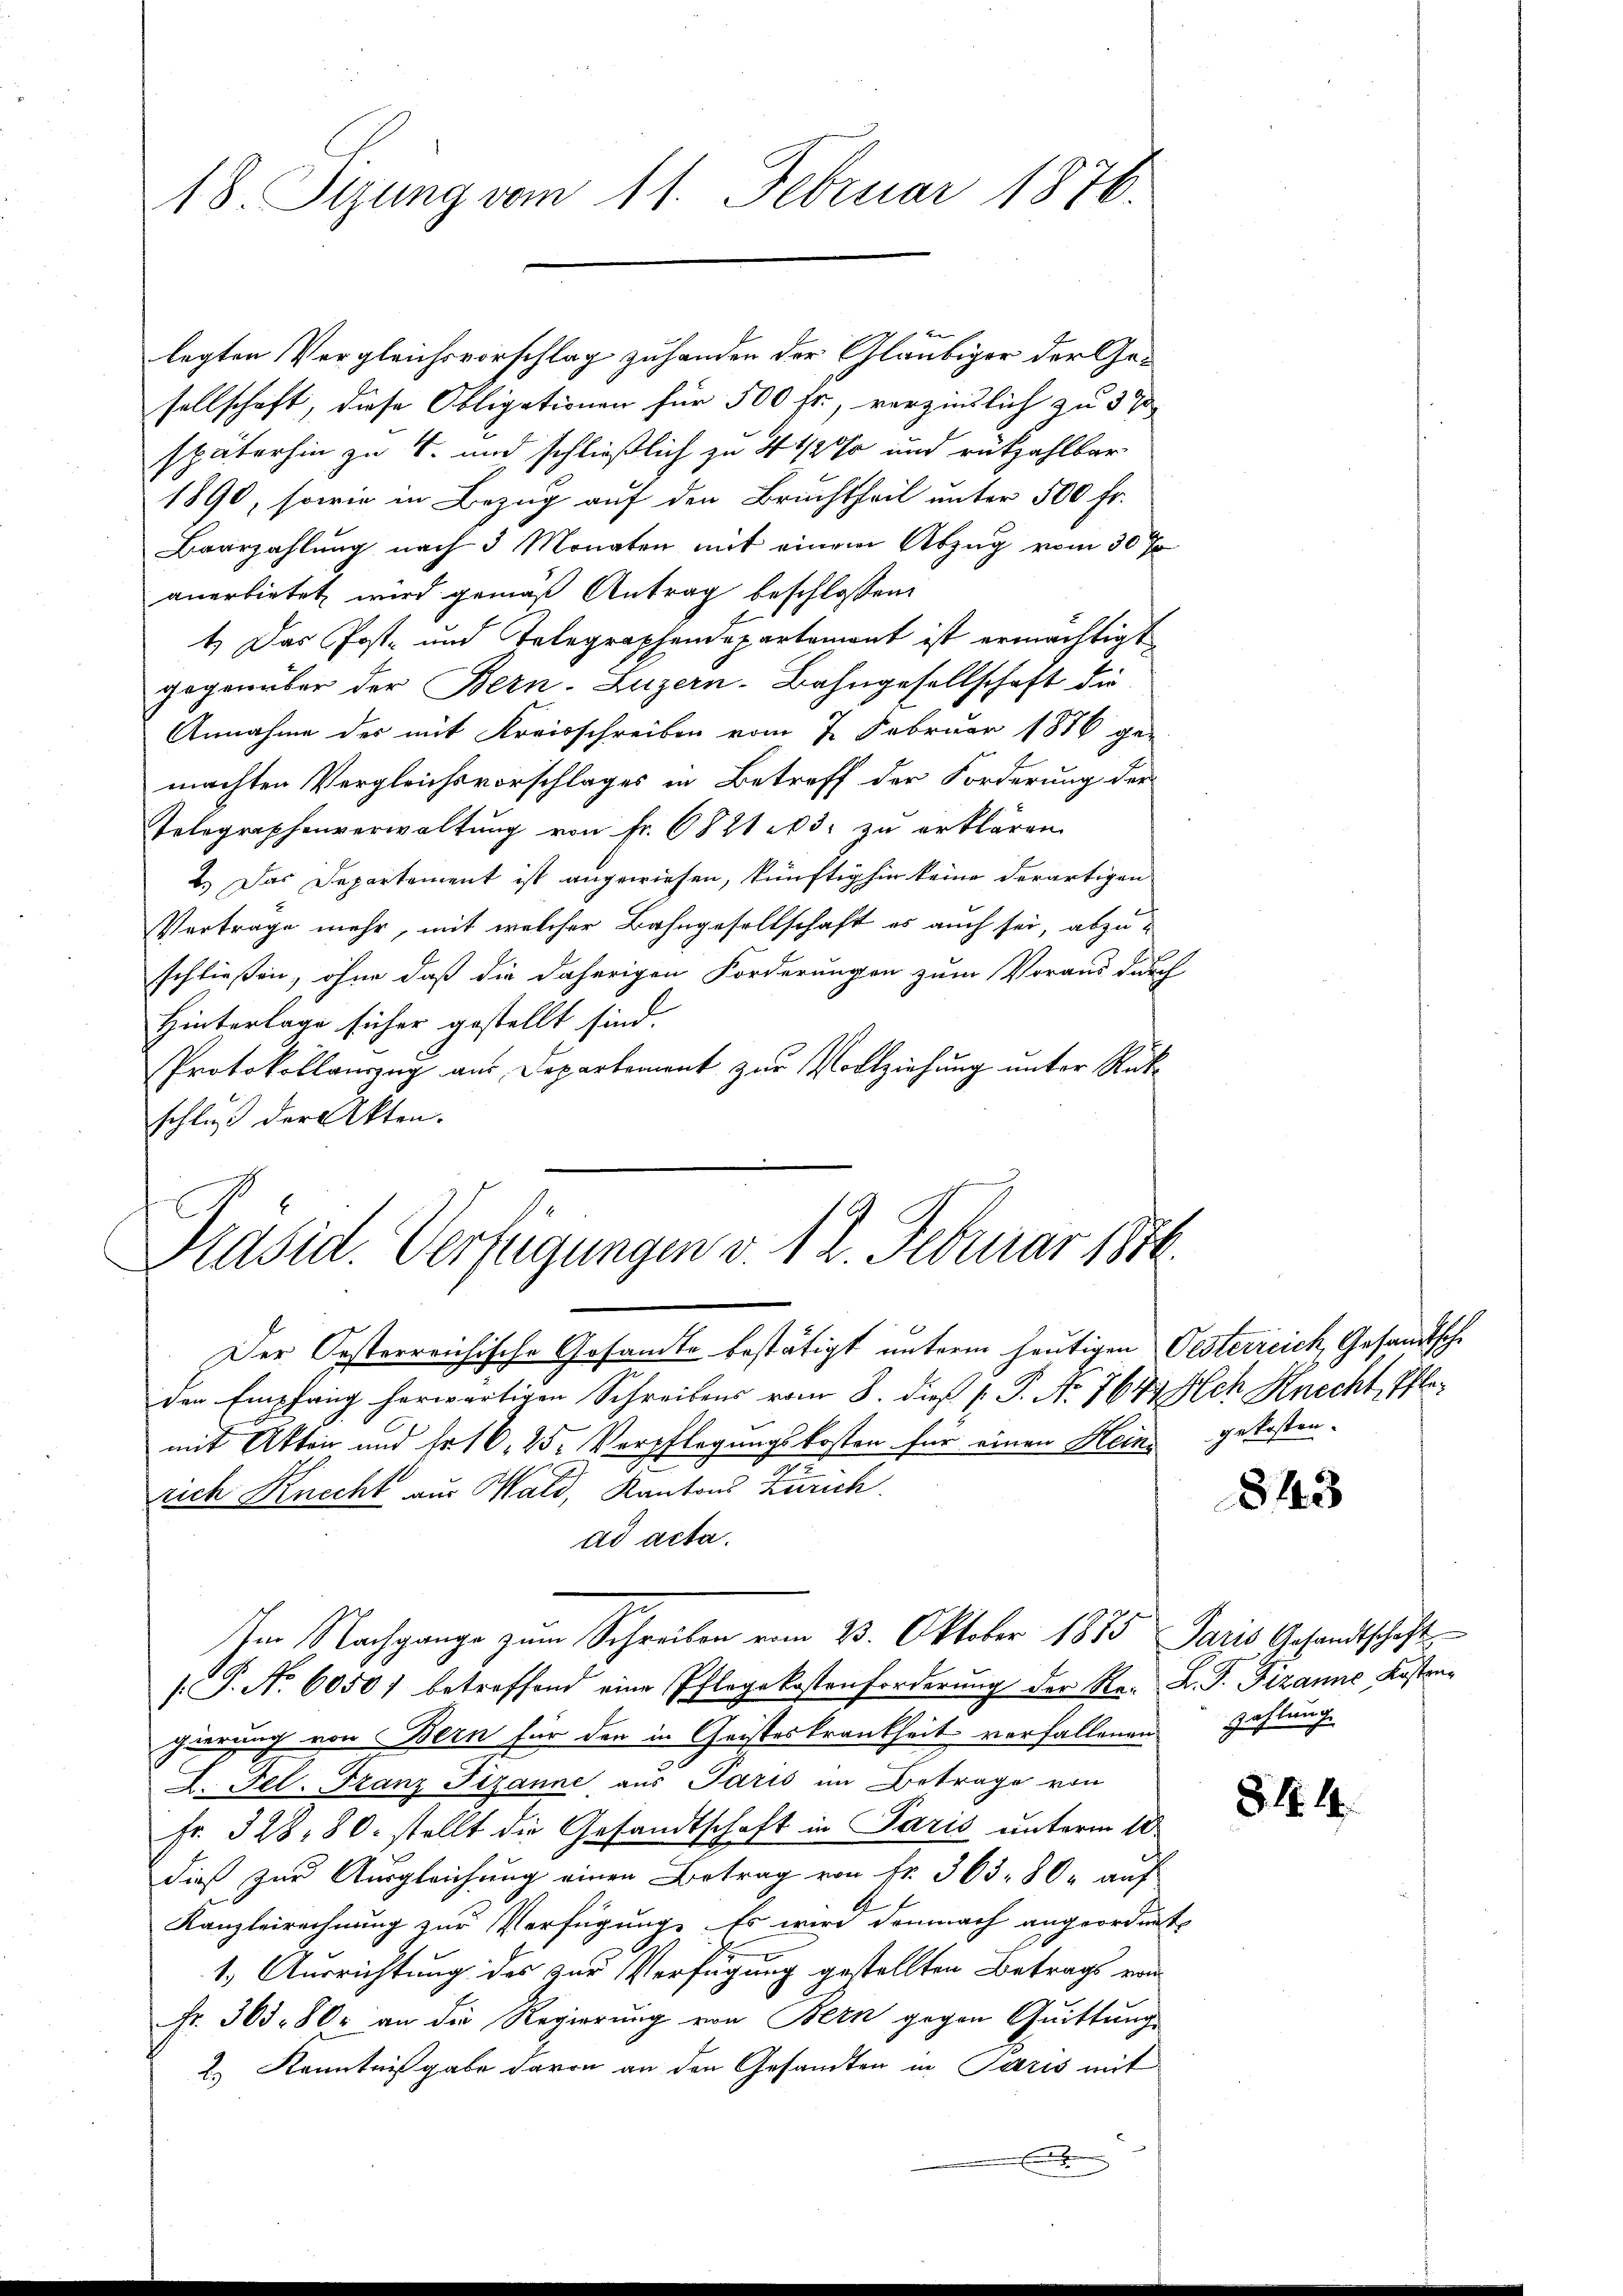
18. Sizung vom 11. Februar 1876.

legten Vergleichsvorschlag zuhanden der Gläubiger der Gesellschaft, diese Obligationen für 500 fr., verzinslich zu 37
späterhin zu 4. und schließlich zu 4 1/2% und rükzahlbar
1890, sowie in Bezug auf den Bruchtheil unter 500 Fr.
Baarzahlung nach 3 Monaten mit einem Abzug vom 30 J
anerbietet wird gemäß Antrag beschlossen:
1.) Das Post- und Telegraphendepartemont ist ermächtigt
gegenüber der Bern. Luzern-Bahngesellschaft die
Annahme der mit Kreisschreiben vom 7. Februar 1886 ge-
machten Vergleichsvorschlages in Betreff der Forderung der
Telegraphenverwaltung von Fr. 682103. zu erklären.
2.) Das Departement ist angewiesen, künftighin keine derartigen
Vertrage mehr, mit welcher Bahngesellschaft es auch sei, abzuschließen, ohne daß die daherigen Forderungen zum Voraus durch
Hinterlage sicher gestellt sind.
Protokollauszug aus Departement zur Vollziehung unter Rückschluß der Akten.

Präsid. Verfügungen v. 12. Februar 1876.
Der Oesterreichische Gesandte bestätigt unterm heutigen Oesterreich, Gesandtsche

den Empfang herwärtigen Schreibens vom 8. dieß P. P. Nr. 764 Ach Knecht, Pflemit Akten und Fr. 16, 25. Verpflegungskosten für einen Heine gekosten.
rich Knecht aus Wald, Kantons Zürich
ad acta.
/. P. Nr. 6050) betreffend eine Pflegekostenforderung der Re. L. S. Fizanne Kostragierung von Bern für den in Geisteskrankheit vorfallenen Zahlung
A. Fel. Franz Pezanne aus Paris im Betrage von
Fr. 328. 80. stellt die Gesandtschaft in Paris unterm 10
dieß zur Ausgleichung einen Betrag von Fr. 363. 80. auf
Kanzleirechnung zur Verfügung. Es wird demnach angeordnet
1. Ausrichtung des zur Verfügung gestellten Betrags von
Fr. 363. 80. an die Regierung von Bern gegen Quittungs
2.) Kenntnißgabe davon an den Gesandten in Paris mit

Im Nachgange zum Schreiben vom 23. Oktober 1875 Paris Gesandtschaft

843

81. 14.